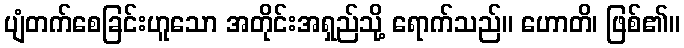
ပျံတက်စေခြင်းဟူသော အတိုင်းအရှည်သို့ ရောက်သည်။ ဟောတိ၊ ဖြစ်၏။